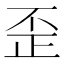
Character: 歪